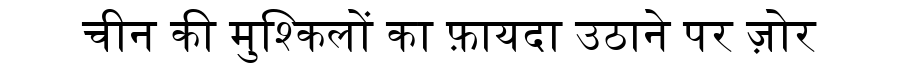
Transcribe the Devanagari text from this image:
चीन की मुश्किलों का फ़ायदा उठाने पर ज़ोर